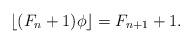
LaTeX: \begin{align*}\left\lfloor (F_n + 1) \phi \right\rfloor = F_{n+1} + 1 .\end{align*}